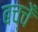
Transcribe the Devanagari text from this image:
बच्चेँ